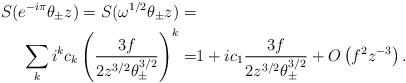
LaTeX: \begin{align*} S(e^{-i\pi}\theta_\pm z) = S(\omega^{1/2} \theta_\pm z) =& \\ \sum_k i^k c_k\left( \frac{3f}{2z^{3/2}\theta_\pm^{3/2}} \right)^k =& 1 + i c_1\frac{ 3f }{2z^{3/2} \theta_{\pm}^{3/2}} + O\left( f^{2}z^{-3} \right). \\ \end{align*}